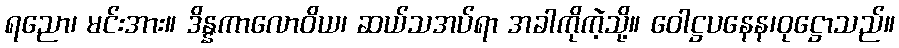
ရညော၊ မင်းအား။ ဒိန္နကာလောဝိယ၊ ဆယ်သအပ်ရာ အခါကိုကဲ့သို့။ ဝေါဋ္ဌပနေန၊ဝုဋ္ဌောသည်။